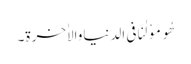
ھُومَوْلٰنَافی الدنیاوالاٰخرۃ۔